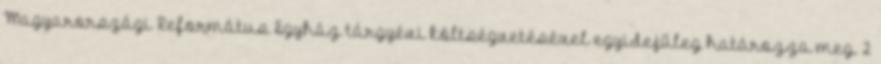
Magyarországi Református Egyház tárgyévi költségvetésével egyidejűleg határozza meg. 2